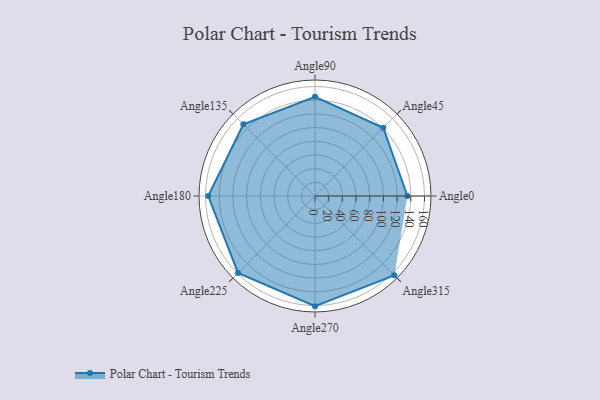
{"axis": {"x": "Angle", "y": "Radius"}, "legend": [""], "data": [{"x": "Angle0", "y": 135.0, "type": ""}, {"x": "Angle45", "y": 141.0, "type": ""}, {"x": "Angle90", "y": 145.0, "type": ""}, {"x": "Angle135", "y": 148.0, "type": ""}, {"x": "Angle180", "y": 156.0, "type": ""}, {"x": "Angle225", "y": 159.0, "type": ""}, {"x": "Angle270", "y": 161.0, "type": ""}, {"x": "Angle315", "y": 164.0, "type": ""}]}